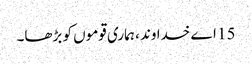
15 اے خدا وند ، ہماری قوموں کو بڑھا۔